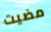
مضيت